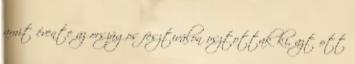
amit évente az országos fesztiválon osztottak ki, azt ott